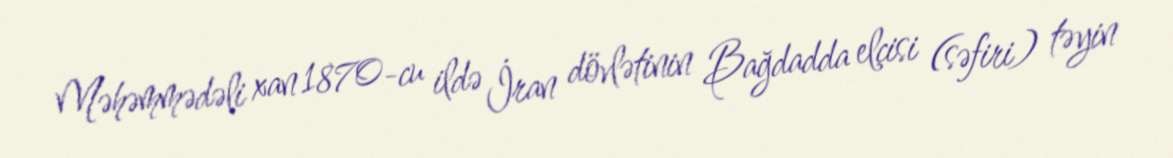
Məhəmmədəli xan 1870-cu ildə İran dövlətinin Bağdadda elçisi (səfiri) təyin